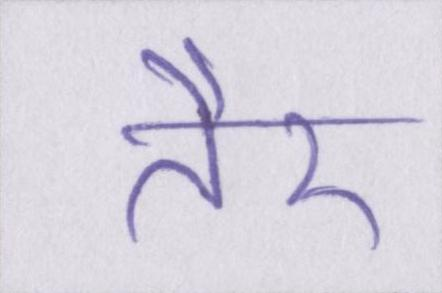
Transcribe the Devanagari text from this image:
तैर